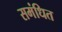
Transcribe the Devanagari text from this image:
समंधित